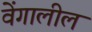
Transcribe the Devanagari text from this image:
वेंगालील